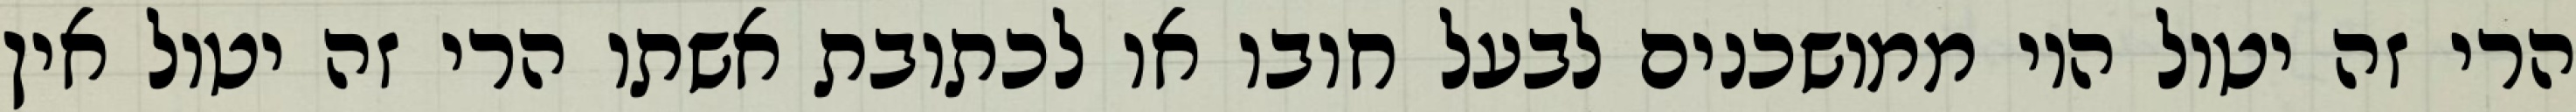
הרי זה יטול היו ממושכנים לבעל חובו או לכתובת אשתו הרי זה יטול אין